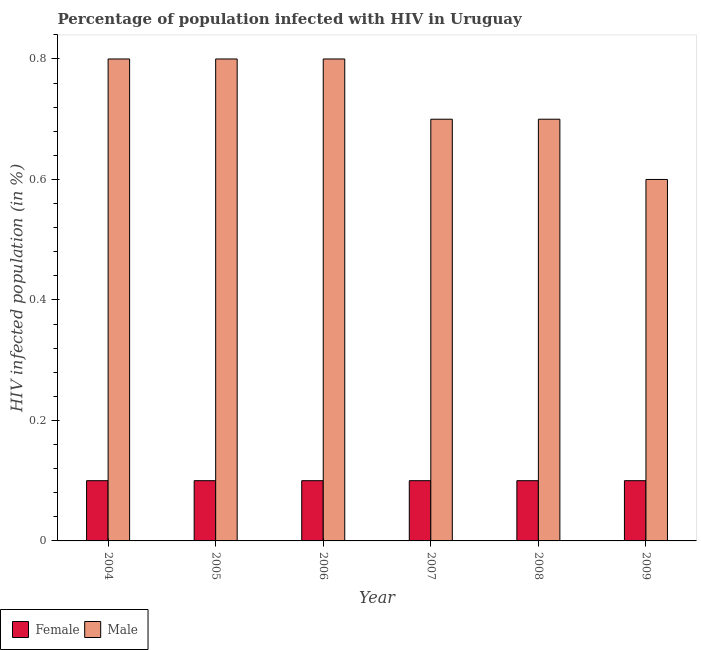
| Year | Female | Male |
 | --- | --- | --- |
 | 2004 | 0.1 | 0.8 |
 | 2005 | 0.1 | 0.8 |
 | 2006 | 0.1 | 0.8 |
 | 2007 | 0.1 | 0.7 |
 | 2008 | 0.1 | 0.7 |
 | 2009 | 0.1 | 0.6 |